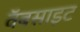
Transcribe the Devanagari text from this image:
वॅबसाइट